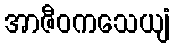
အာဇီဝကသေယျံ